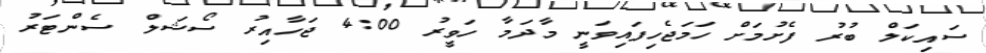
ސައިކަލް ބުރު ފެށުމަށް ހަމަޖެހިފައިވަނީ މާދަމާ ހަވީރު 4:00 ޖަހާއިރު ސޯޝަލް ސެންޓަރު